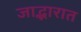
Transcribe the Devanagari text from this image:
जाद्भारात